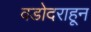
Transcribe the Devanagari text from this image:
वडोदराहून